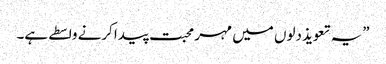
”یہ تعویذ دلوں میں مہر محبت پیدا کرنے واسطے ہے۔